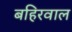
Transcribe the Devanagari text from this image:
बहिरवाल